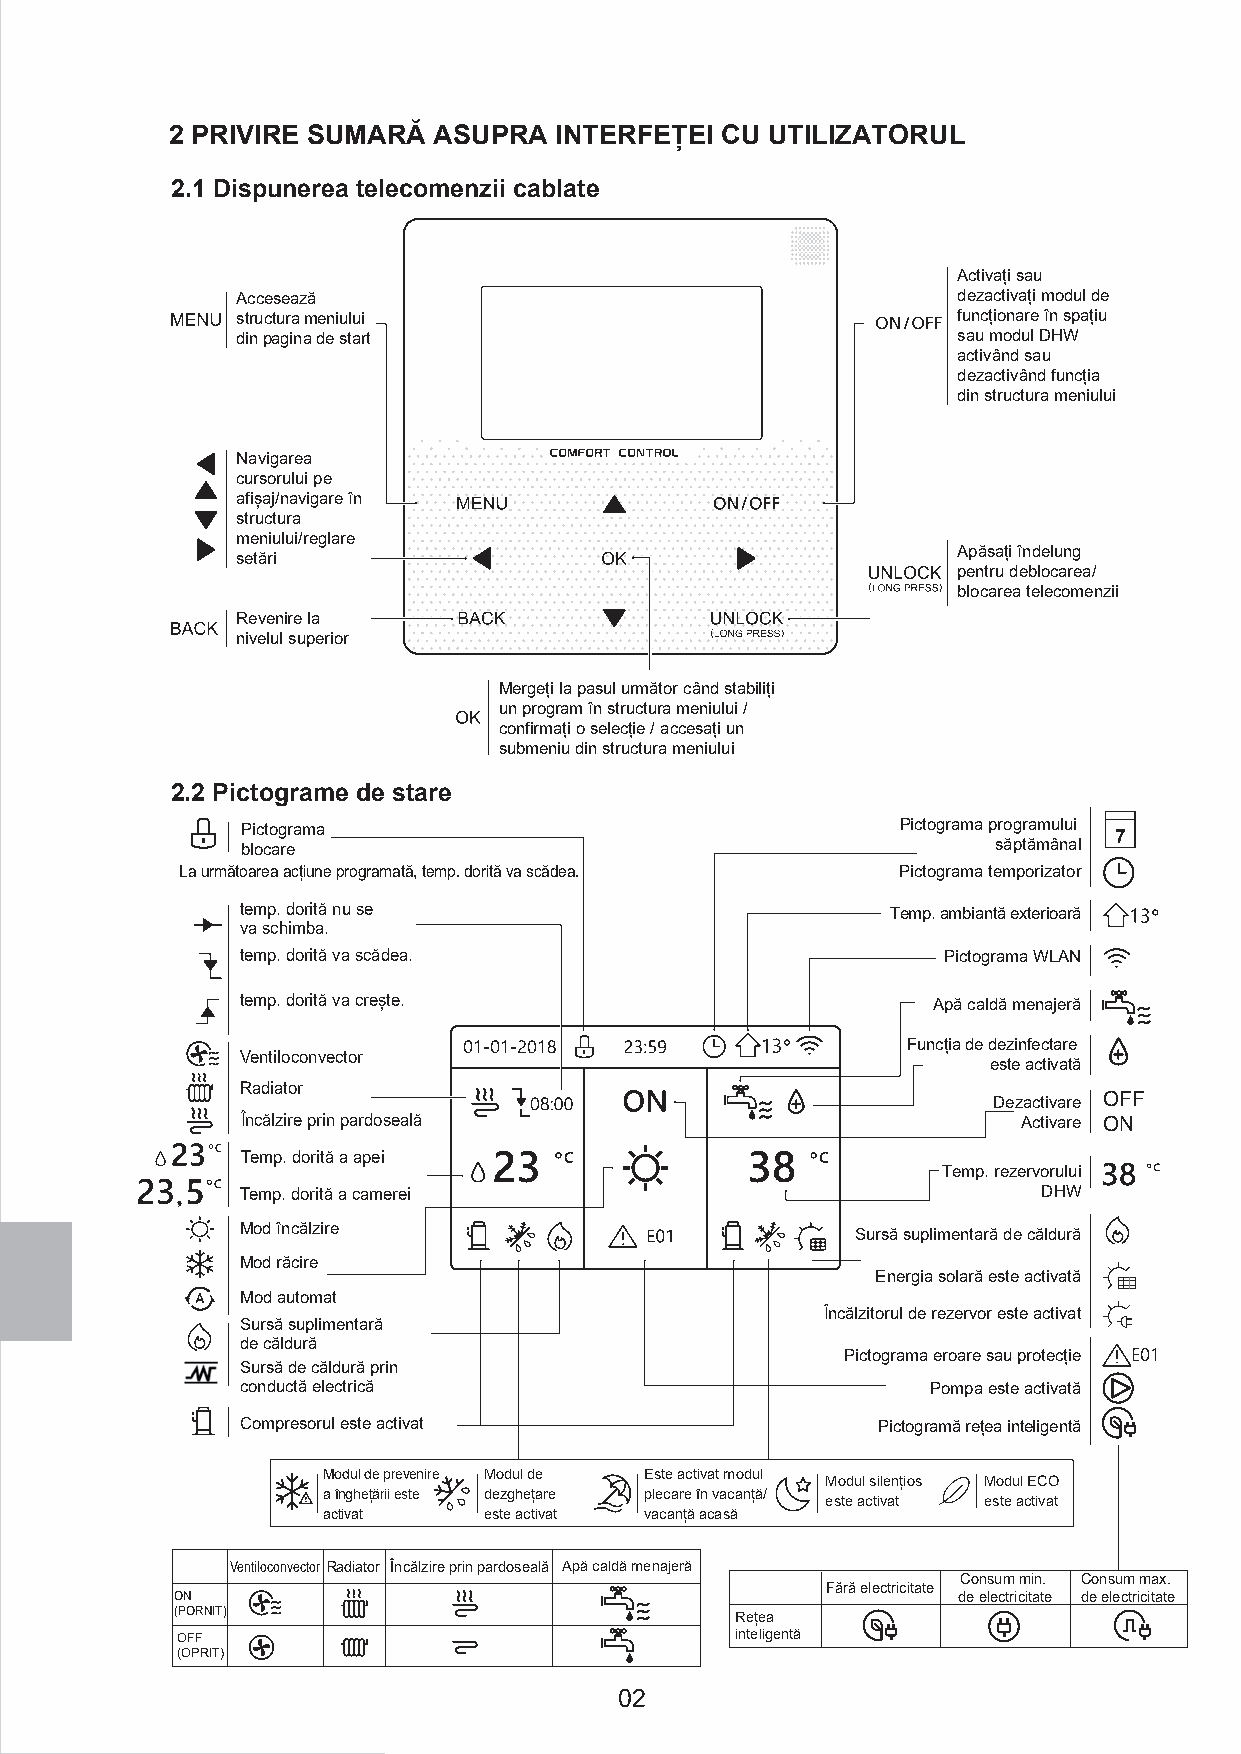
2 PRIVIRE SUMARĂ  ASUPRA  INTERFEȚEI CU UTILIZATORUL
 2.1 Dispunerea telecomenzii cablate
 Activați sau
 Accesează                                      dezactivați modul de
 structura meniului                             funcționare în spațiu
 din pagina de start                            sau modul DHW
 activând sau
 dezactivând funcția
 din structura meniului
 Navigarea
 cursorului pe
 afișaj/navigare în
 structura
 meniului/reglare
 Apăsați îndelung
 setări
 pentru deblocarea/
 blocarea telecomenzii
 Revenire la
 nivelul superior
 Mergeți la pasul următor când stabiliți
 un program în structura meniului /
 confirmați o selecție / accesați un
 submeniu din structura meniului
 2.2 Pictograme de stare
 Pictograma                                  Pictograma programului
 7
 blocare                                           săptămânal
 La următoarea acțiune programată, temp. dorită va scădea. Pictograma temporizator
 temp. dorită nu se                         Temp. ambiantă exterioară
 va schimba.
 temp. dorită va scădea.                       Pictograma WLAN
 temp. dorită va crește.                       Apă caldă menajeră
 Funcția de dezinfectare
 Ventiloconvector
 este activată
 Radiator
 Dezactivare OFF
 Încălzire prin pardoseală                           Activare ON
 Temp. dorită a apei
 Temp. rezervorului
 Temp. dorită a camerei                               DHW
 Mod încălzire                            Sursă suplimentară de căldură
 Mod răcire
 Energia solară este activată
 Mod automat
 Încălzitorul de rezervor este activat
 Sursă suplimentară
 de căldură
 Pictograma eroare sau protecție
 Sursă de căldură prin
 conductă electrică                            Pompa este activată
 Compresorul este activat                  Pictogramă rețea inteligentă
 Modul de prevenire Modul de Este activat modul
 Modul silențios Modul ECO
 a înghețării este dezghețare plecare în vacanță/
 este activat este activat
 activat    este activat vacanță acasă
 Ventiloconvector Radiator Încălzire prin pardoseală Apă caldă menajeră
 Consum min. Consum max.
 Fără electricitate
 ON                                                 de electricitate de electricitate
 (PORNIT)                             Rețea
 OFF                                  inteligentă
 (OPRIT)